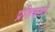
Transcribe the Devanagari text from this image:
प्रतिकणो